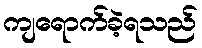
ကျရောက်ခဲ့ရသည်